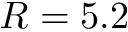
R = 5 . 2